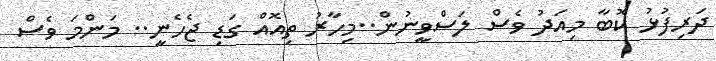
ދަރިފުޅު ކޮބާ މިއަދު ވެސް ލަސްވީނުން..މިހާރު ތިއޮއް ގަޑި ޖެހެނީ.. މަންމަ ވެސް